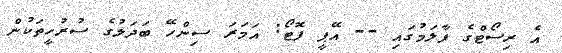
އެ ރިސޯޓްގެ ފާލަމުގައި -- އޭޕީ ފޮޓޯ: އަމަރަ ސިންހޭ ބަދަލުގެ ސުރުހީތަކުން